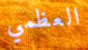
العظمي